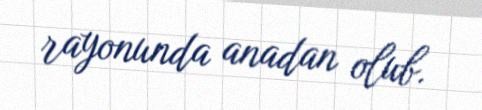
rayonunda anadan olub.